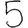
Digit: 5